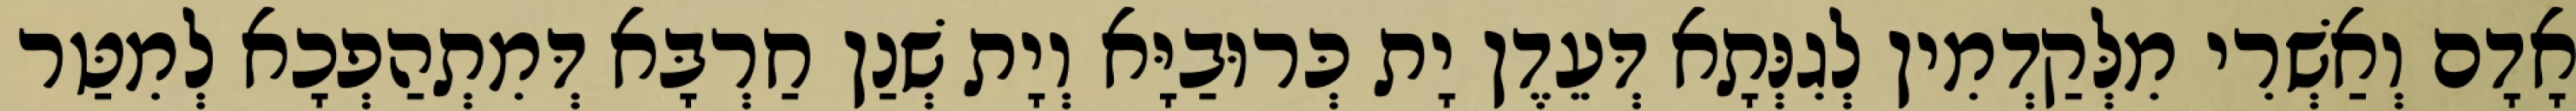
אָדָם וְאַשְׁרִי מִלְּקַדְמִין לְגִנְּתָא דְּעֵדֶן יָת כְּרוּבַיָּא וְיָת שְׁנַן חַרְבָּא דְּמִתְהַפְכָא לְמִטַּר